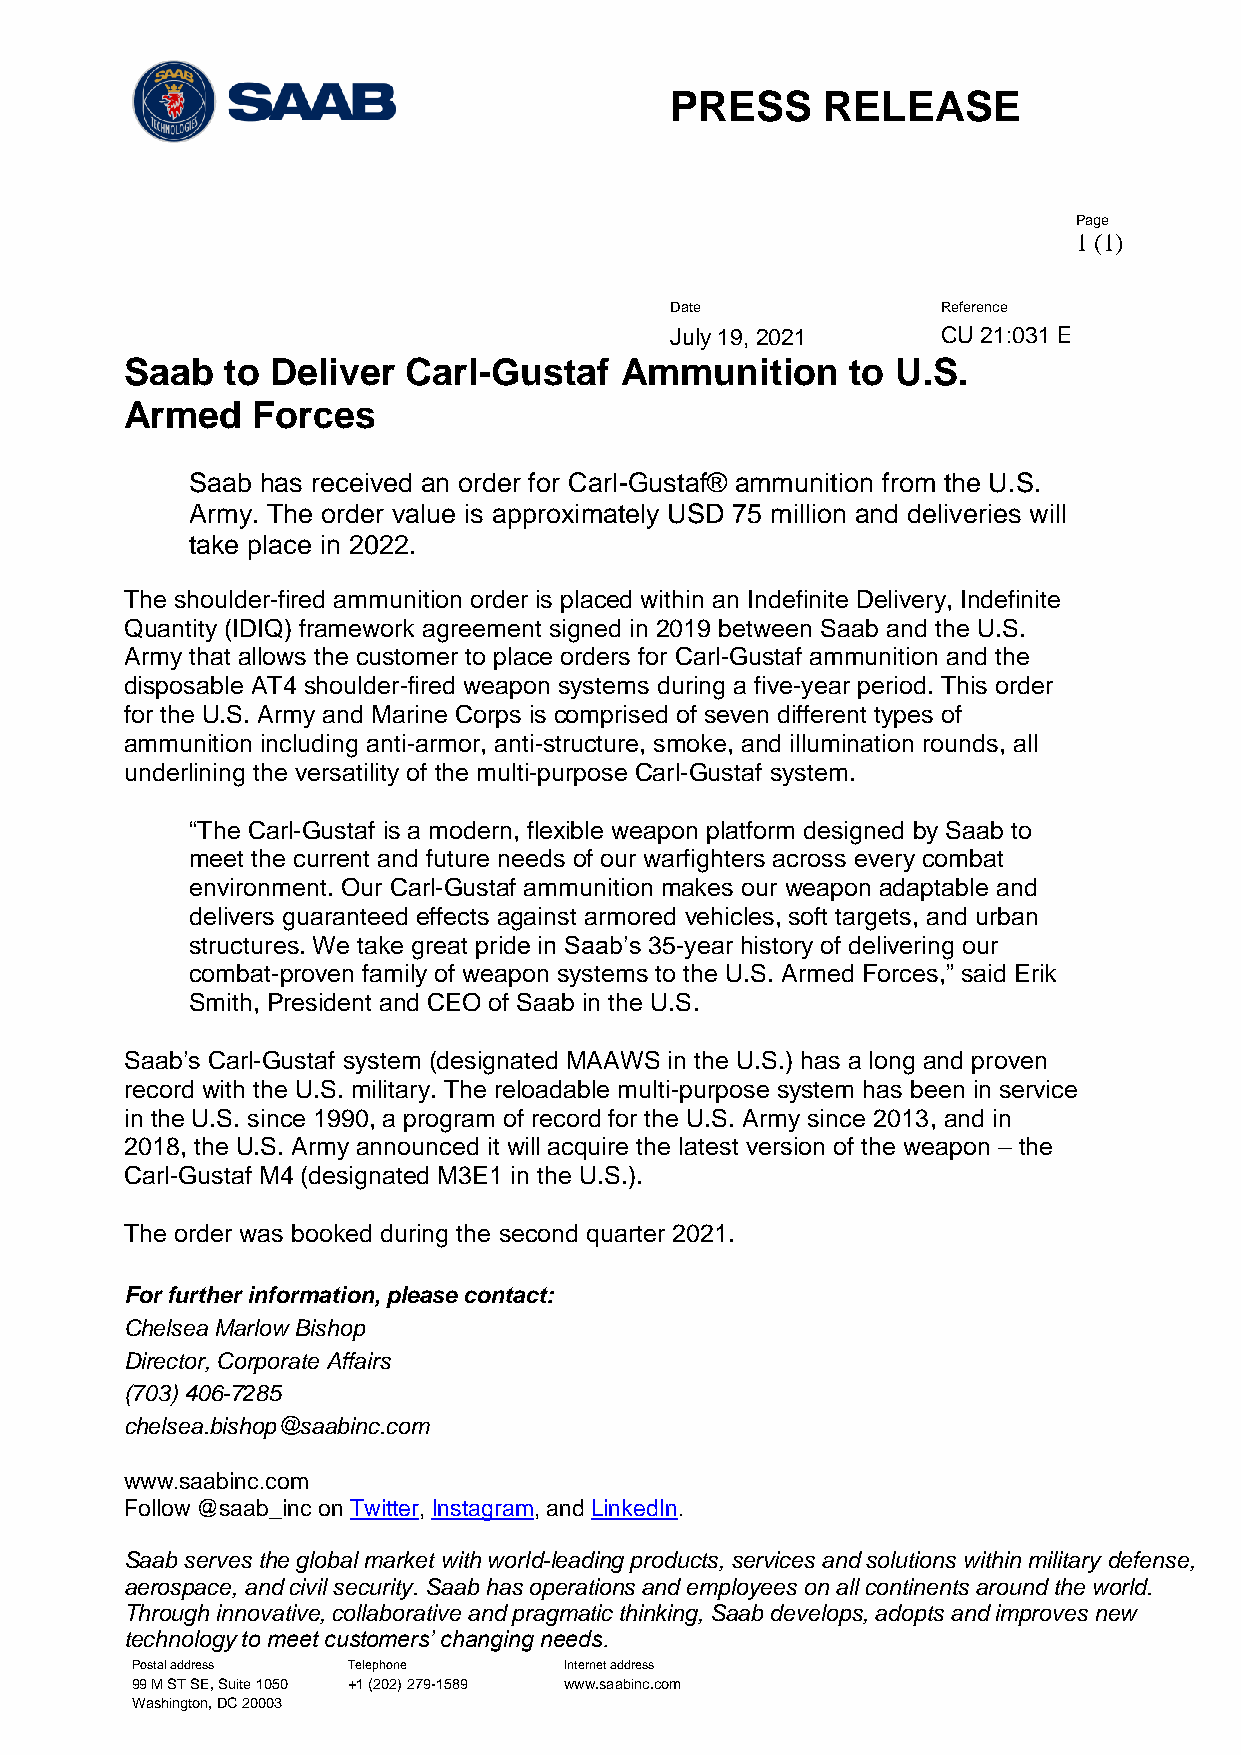
PRESS     RELEASE
 Page
 1 (1)
 Date              Reference
 July 19, 2021     CU 21:031 E
 Saab   to Deliver  Carl-Gustaf   Ammunition     to U.S.
 Armed    Forces
 Saab has received an order for Carl-Gustaf® ammunition from the U.S.
 Army. The order value is approximately USD 75 million and deliveries will
 take place in 2022.
 The shoulder-fired ammunition order is placed within an Indefinite Delivery, Indefinite
 Quantity (IDIQ) framework agreement signed in 2019 between Saab and the U.S.
 Army that allows the customer to place orders for Carl-Gustaf ammunition and the
 disposable AT4 shoulder-fired weapon systems during a five-year period. This order
 for the U.S. Army and Marine Corps is comprised of seven different types of
 ammunition including anti-armor, anti-structure, smoke, and illumination rounds, all
 underlining the versatility of the multi-purpose Carl-Gustaf system.
 “The Carl-Gustaf is a modern, flexible weapon platform designed by Saab to
 meet the current and future needs of our warfighters across every combat
 environment. Our Carl-Gustaf ammunition makes our weapon adaptable and
 delivers guaranteed effects against armored vehicles, soft targets, and urban
 structures. We take great pride in Saab’s 35-year history of delivering our
 combat-proven family of weapon systems to the U.S. Armed Forces,” said Erik
 Smith, President and CEO of Saab in the U.S.
 Saab’s Carl-Gustaf system (designated MAAWS in the U.S.) has a long and proven
 record with the U.S. military. The reloadable multi-purpose system has been in service
 in the U.S. since 1990, a program of record for the U.S. Army since 2013, and in
 2018, the U.S. Army announced it will acquire the latest version of the weapon – the
 Carl-Gustaf M4 (designated M3E1 in the U.S.).
 The order was booked during the second quarter 2021.
 For further information, please contact:
 Chelsea Marlow Bishop
 Director, Corporate Affairs
 (703) 406-7285
 chelsea.bishop@saabinc.com
 www.saabinc.com
 Follow @saab_inc on Twitter, Instagram, and LinkedIn.
 Saab serves the global market with world-leading products, services and solutions within military defense,
 aerospace, and civil security. Saab has operations and employees on all continents around the world.
 Through innovative, collaborative and pragmatic thinking, Saab develops, adopts and improves new
 technology to meet customers’ changing needs.
 \ Postal address Telephone   Internet address
 99 M ST SE, Suite 1050 +1 (202) 279-1589 www.saabinc.com
 Washington, DC 20003